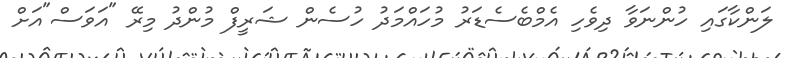
ލަންކާގައި ހުންނަވާ ދިވެހި އެމްބެސެޑަރު މުހައްމަދު ހުސެން ޝަރީފް މުންދު މިރޭ "އަވަސް"އަށް